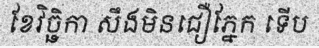
ខែវិច្ឆិកា សឹងមិនជឿភ្នែក ទើប